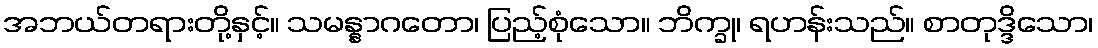
အဘယ်တရားတို့နှင့်။ သမန္နာဂတော၊ ပြည့်စုံသော။ ဘိက္ခု၊ ရဟန်းသည်။ စာတုဒ္ဒိသော၊